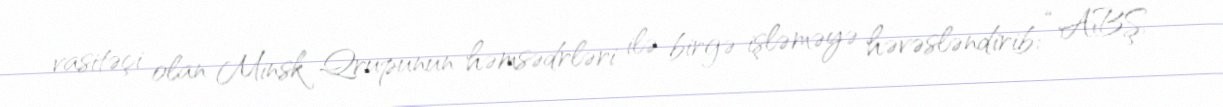
vasitəçi olan Minsk Qrupunun həmsədrləri ilə birgə işləməyə həvəsləndirib: “ABŞ